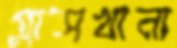
গ্লাসখানা